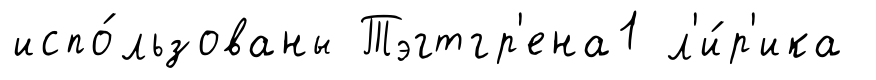
испо́льзованы Тэгтгр'ена1 л'и́р'ика